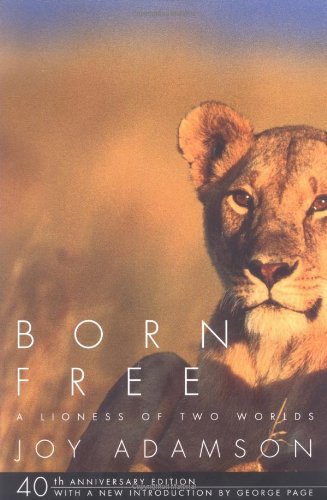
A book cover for Born Free: A Lioness of Two Worlds; Joy Adamson; History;